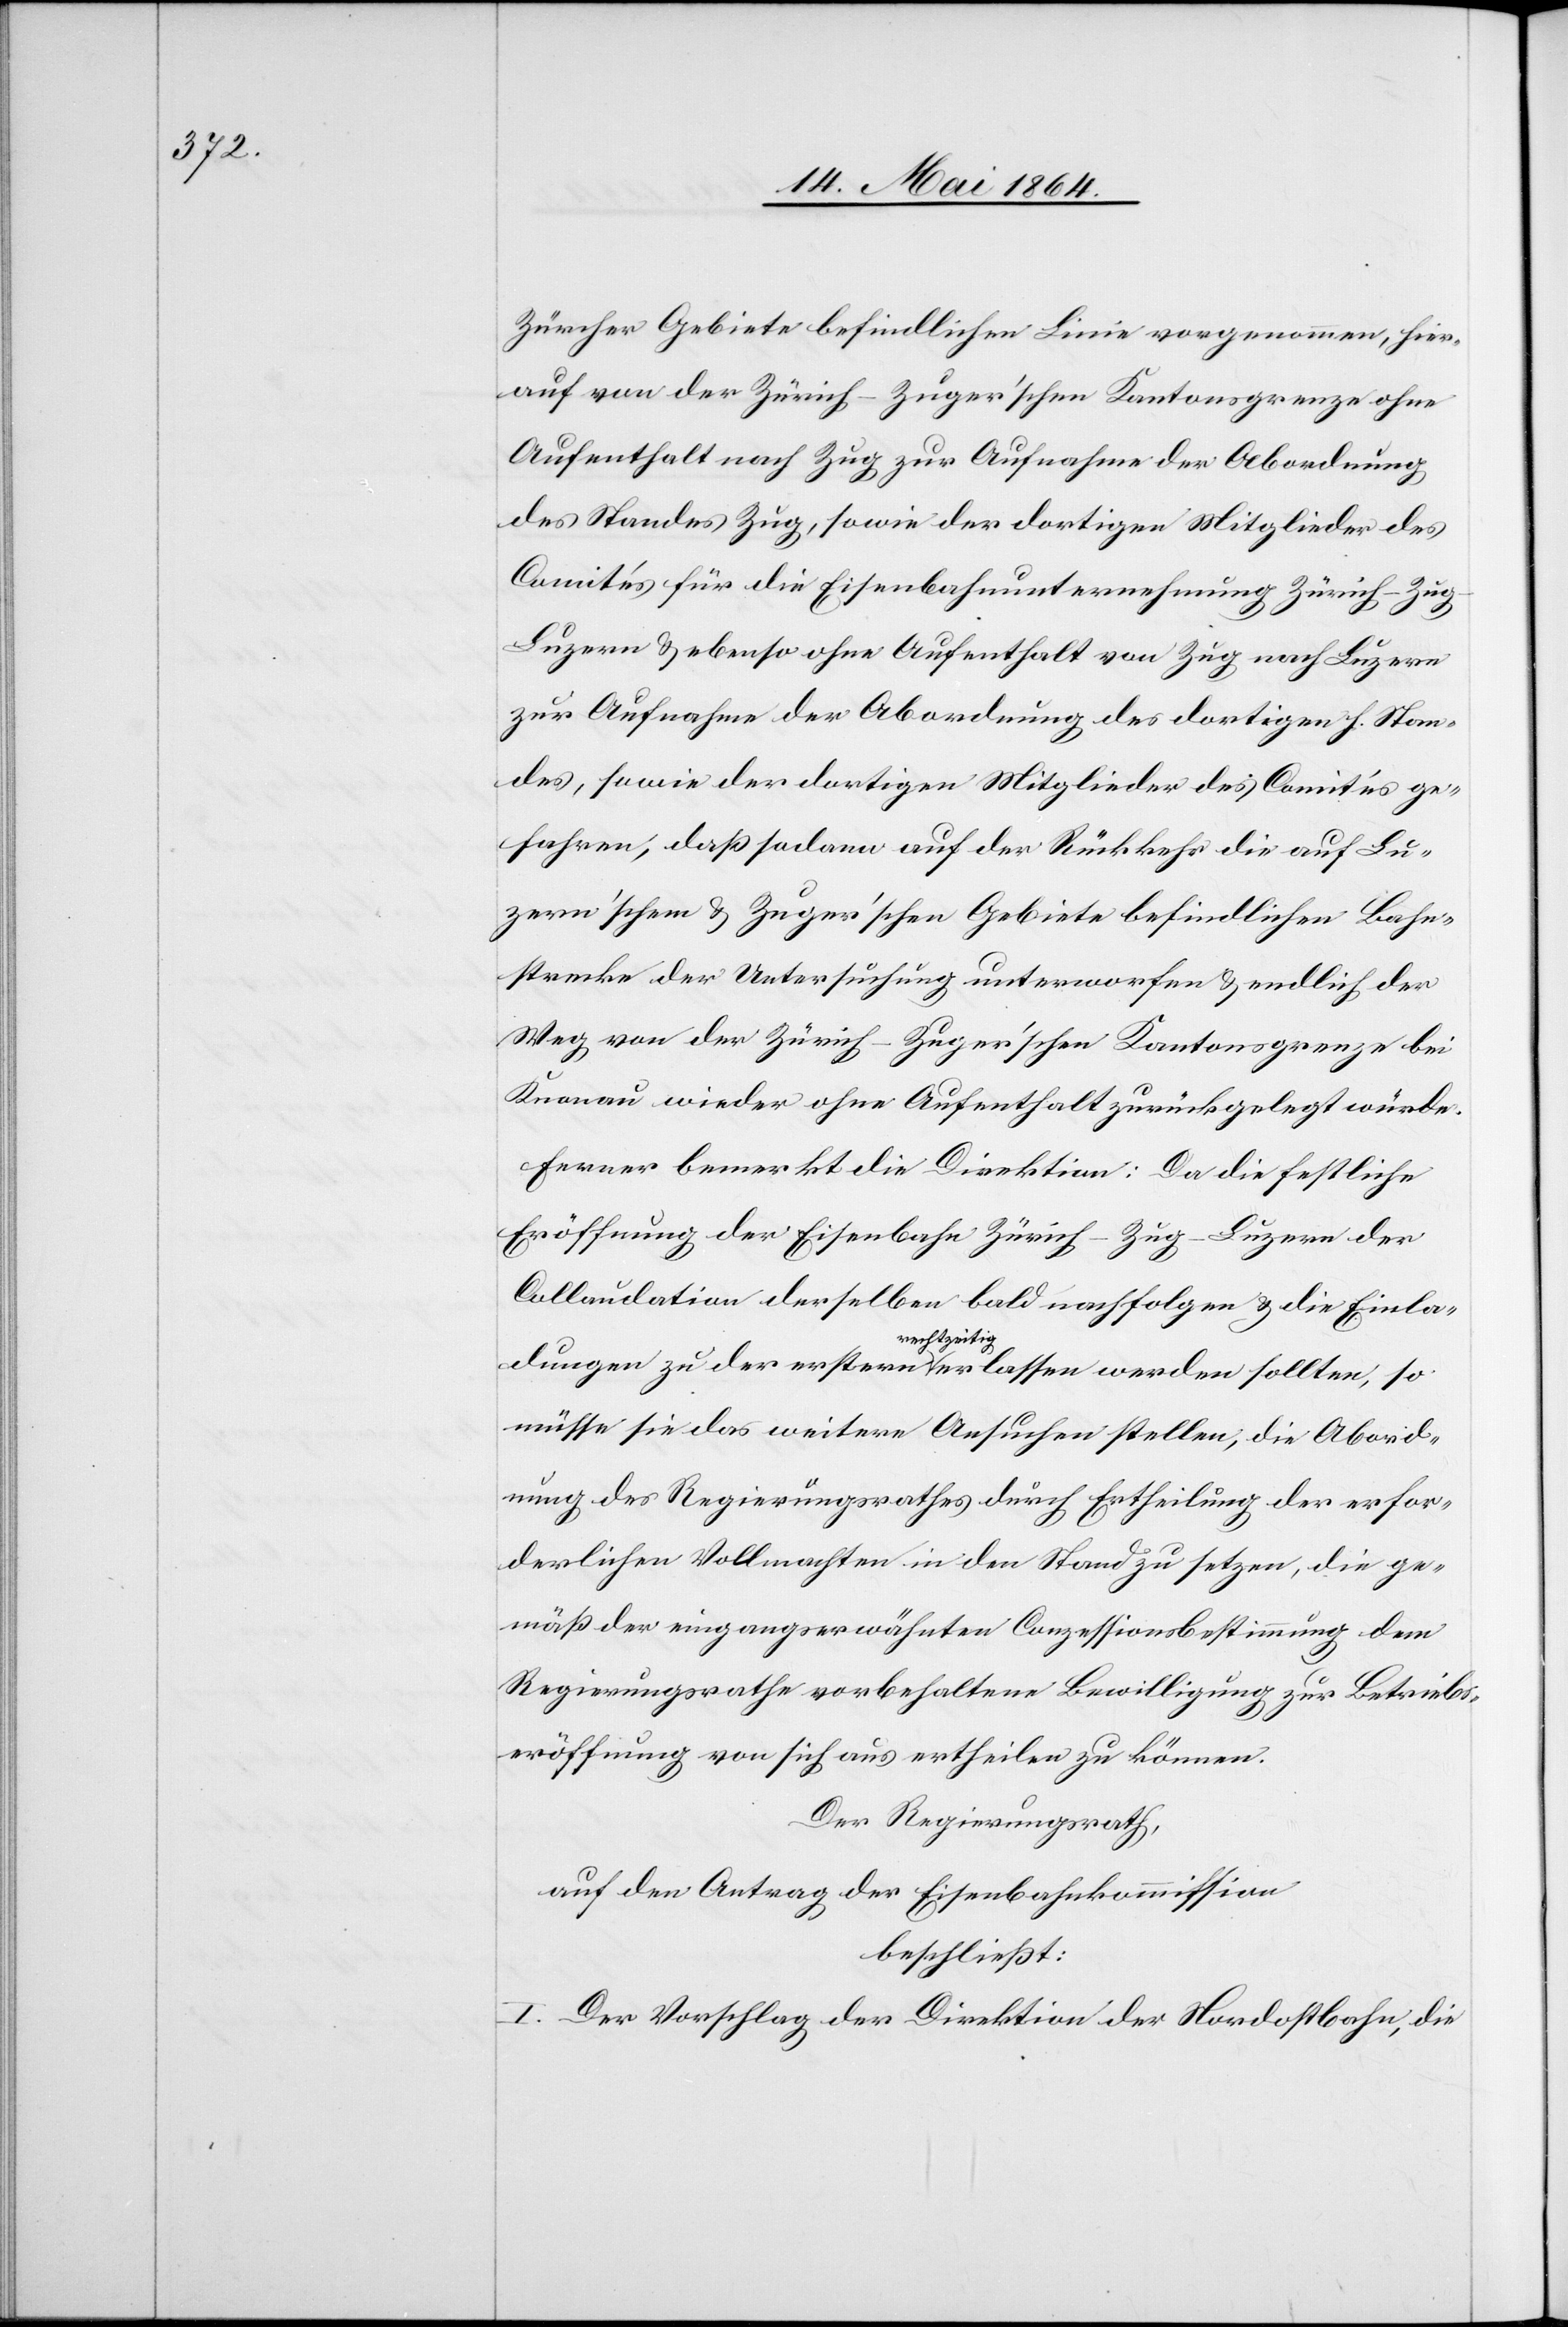
Zürcher Gebiete befindlichen Linie vorgenommen, hier¬
auf von der Zürich–Zuger’schen Kantonsgrenze ohne
Aufenthalt nach Zug zur Aufnahme der Abordnung
des Standes Zug, sowie der dortigen Mitglieder des
Comités für die Eisenbahnunternehmung Zürich–Zu¬
g–Luzern u. ebenso ohne Aufenthalt von Zug nach Luzern
zur Aufnahme der Abordnung des dortigen h. Stan¬
des, sowie der dortigen Mitglieder des Comités ge¬
fahren, daß sodann auf der Rückkehr die auf Lu¬
zern’schem u. Zuger’schen Gebiete befindlichen Bahn¬
strecke der Untersuchung unterworfen u. endlich der
Weg von der Zürich–Zuger’schen Kantonsgrenze bei
Knonau wieder ohne Aufenthalt zurückgelegt würde.
Ferner bemerkt die Direktion: Da die festliche
Eröffnung der Eisenbahn Zürich–Zug–Luzern der
Collaudation derselben bald nachfolgend u. die Einla¬
dungen zu der erstern rechtzeitig erlassen werden sollten, so
müsse sie das weitere Ansuchen stellen, die Abord¬
nung des Regierungsrathes durch Ertheilung der erfor¬
derlichen Vollmachten in den Stand zu setzen, die ge¬
mäß der eingangserwähnten Conzessionsbestimmung dem
Regierungsrathe vorbehaltene Bewilligung zur Betriebs¬
eröffnung von sich aus ertheilen zu können.
Der Regierungsrath,
auf den Antrag der Eisenbahnkommission
beschließt:
I. Der Vorschlag der Direktion der Nordostbahn, die